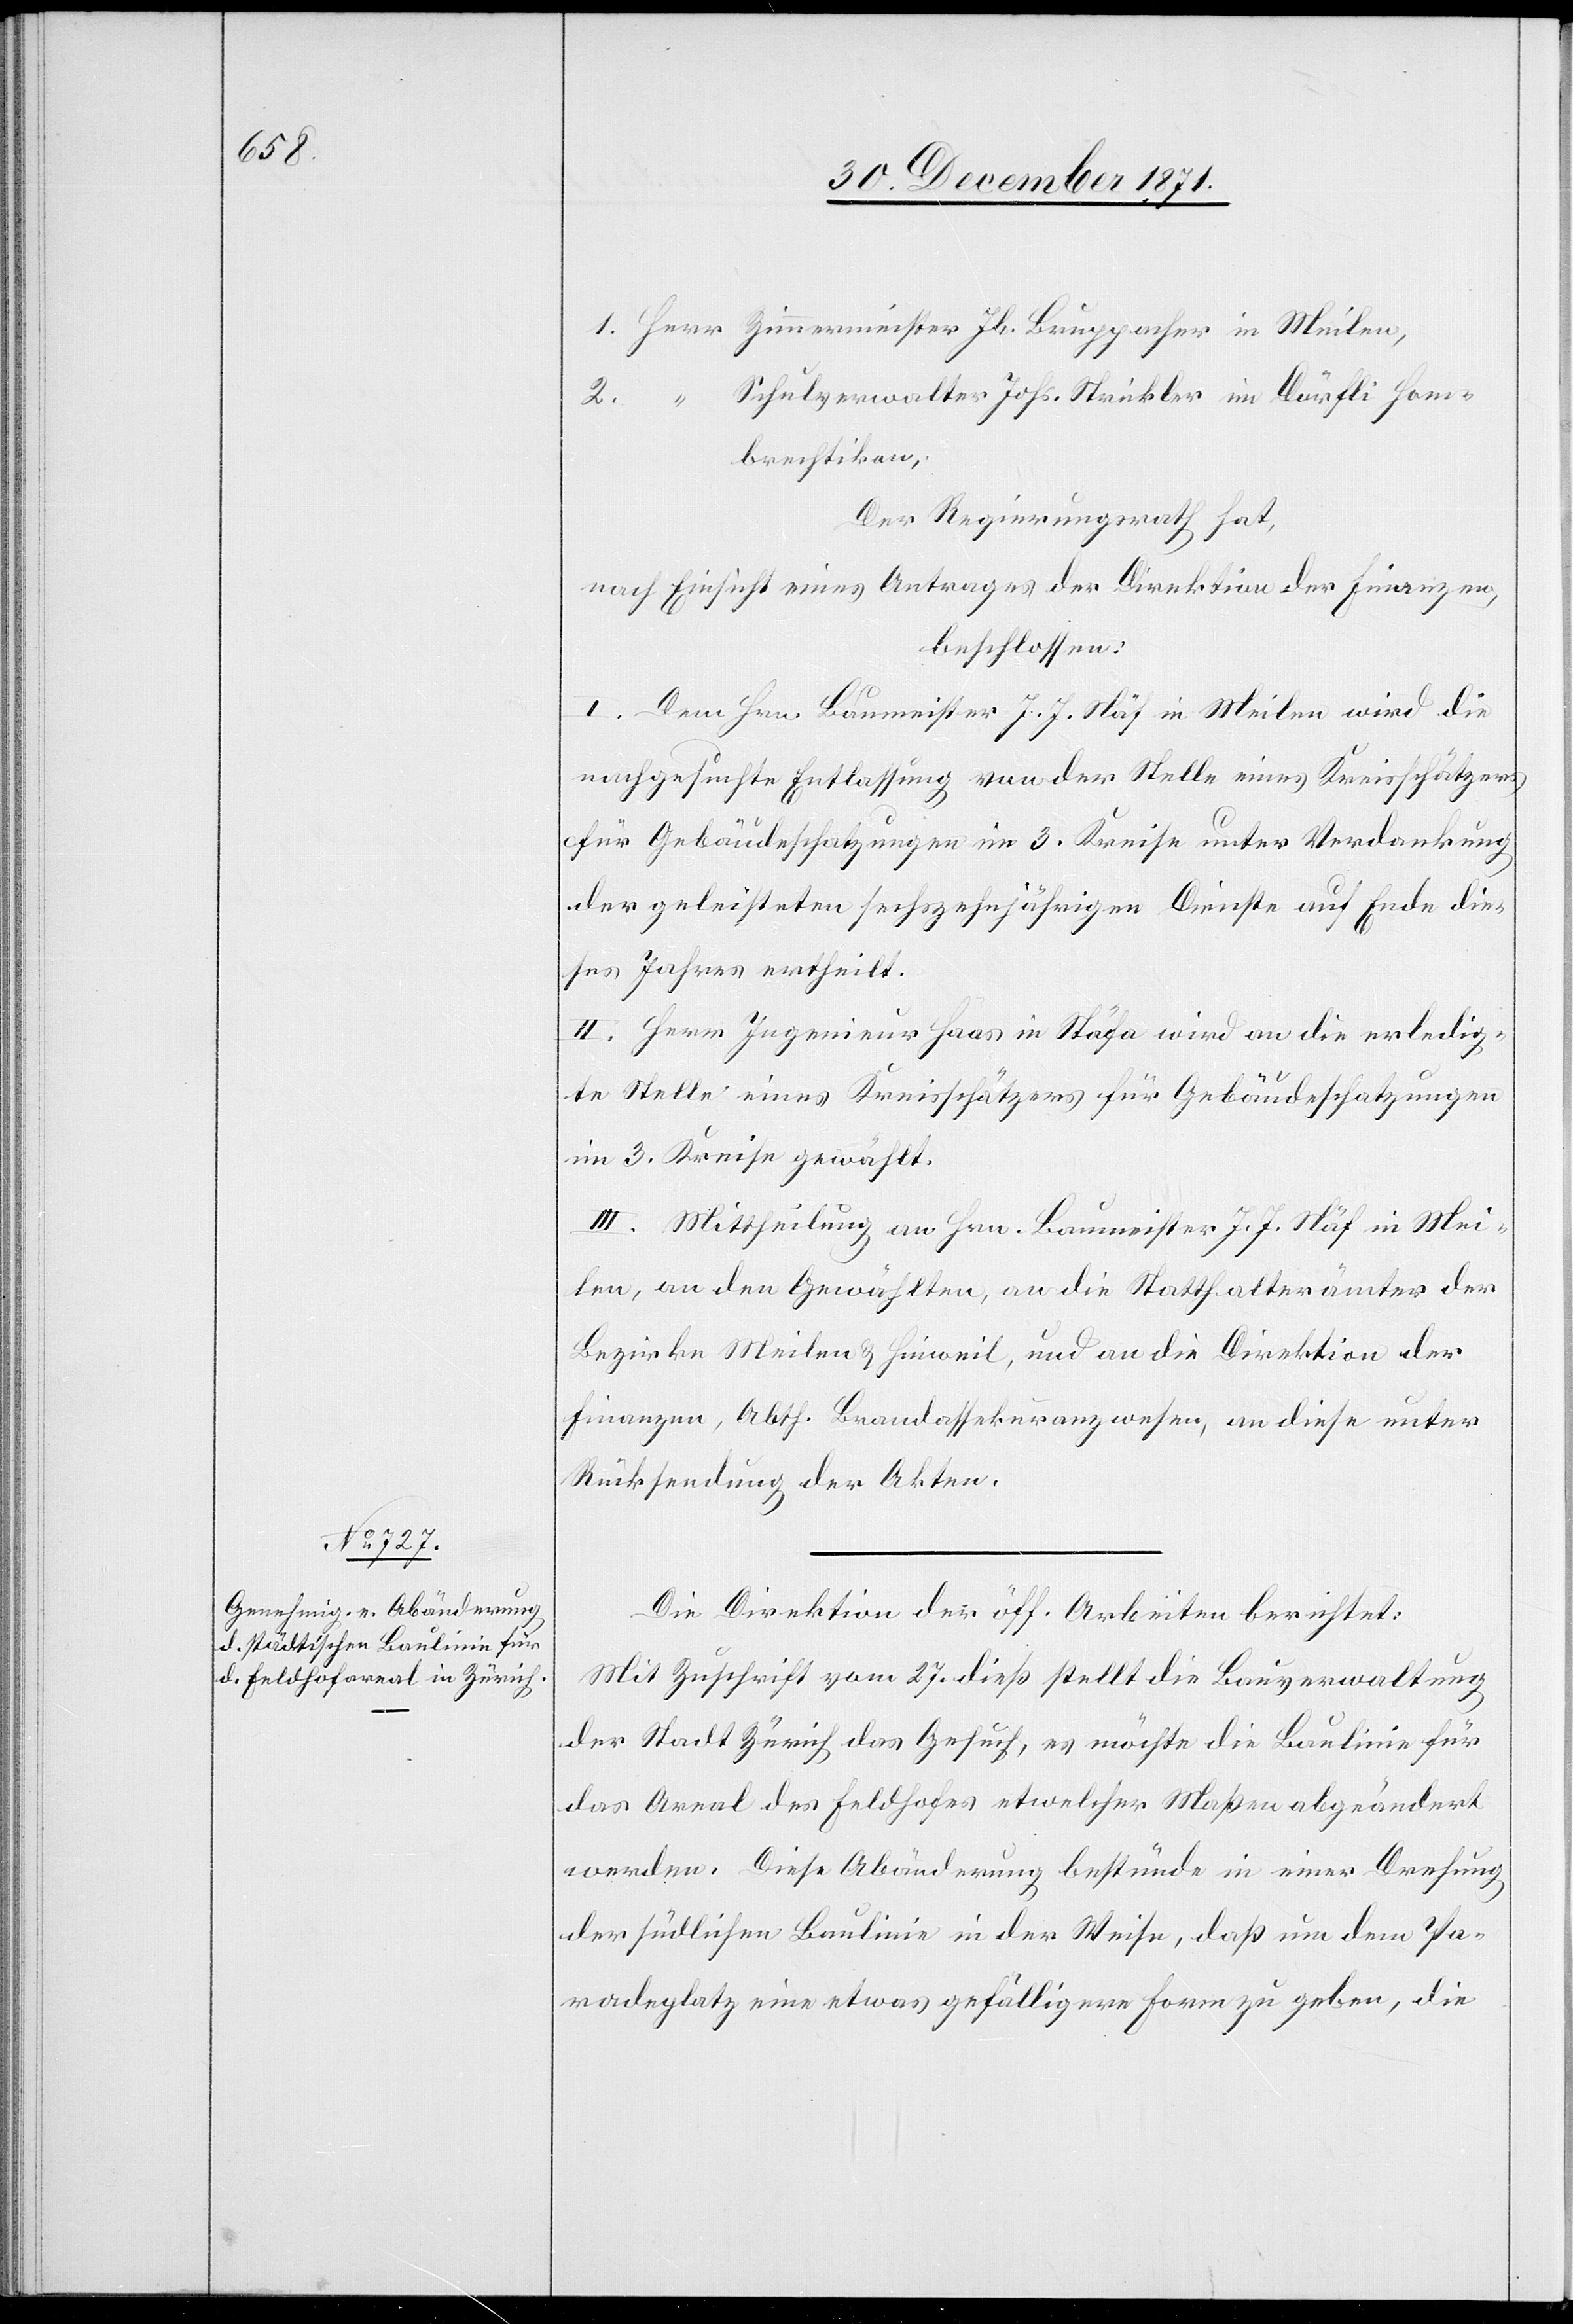
1. Herr Zimmermeister Jb. Bruppacher in Meilen,
Schulverwalter Johs. Strickler im Dörfli Hom¬
2. “
brechtikon,
Der Regierungsrath hat,
nach Einsicht eines Antrages der Direktion der Finanzen,
beschlossen:
I. Dem Hrn. Baumeister J. J. Näf in Meilen wird die
nachgesuchte Entlassung von der Stelle eines Kreisschätzers
für Gebäudeschatzungen im 3. Kreise unter Verdankung
der geleisteten sechzehnjährigen Dienste auf Ende die¬
ses Jahres ertheilt.
II. Herrn Ingenieur Haas in Stäfa wird an die erledig¬
te Stelle eines Kreisschätzers für Gebäudeschatzungen
im 3. Kreise gewählt.
III. Mittheilung an Hrn. Baumeister J. J. Näf in Mei¬
len, an den Gewählten, an die Statthalterämter der
Bezirke Meilen & Hinweil, und an die Direktion der
Finanzen, Abth. Brandassekuranzwesen, an diese unter
Rücksendung der Akten.
Die Direktion der öff. Arbeiten berichtet:
Mit Zuschrift vom 27. dieß stellt die Bauverwaltung
der Stadt Zürich das Gesuch, es möchte die Baulinie für
das Areal des Feldhofes etwelcher Maßen abgeändert
werden. Diese Abänderung bestünde in einer Drehung
der südlichen Baulinie in der Weise, daß um dem Pa¬
radeplatz eine etwas gefälligere Form zu geben, die